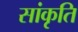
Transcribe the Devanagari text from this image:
सांकृति